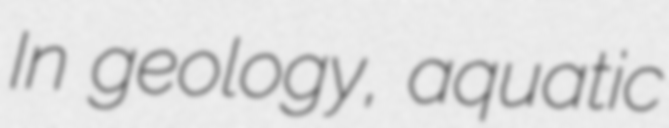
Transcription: In geology, aquatic